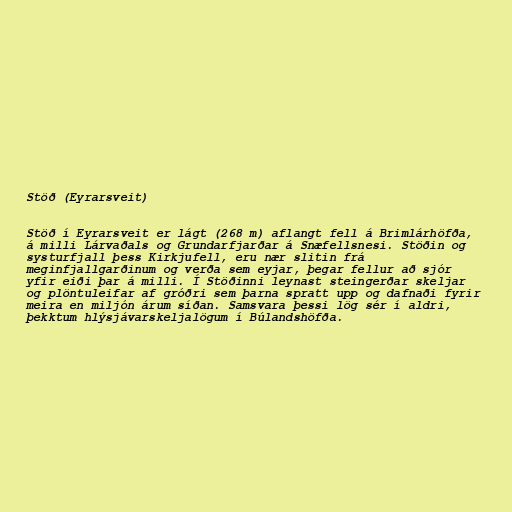
Stöð (Eyrarsveit)

Stöð í Eyrarsveit er lágt (268 m) aflangt fell á Brimlárhöfða,
á milli Lárvaðals og Grundarfjarðar á Snæfellsnesi. Stöðin og
systurfjall þess Kirkjufell, eru nær slitin frá
meginfjallgarðinum og verða sem eyjar, þegar fellur að sjór
yfir eiði þar á milli. Í Stöðinni leynast steingerðar skeljar
og plöntuleifar af gróðri sem þarna spratt upp og dafnaði fyrir
meira en miljón árum síðan. Samsvara þessi lög sér í aldri,
þekktum hlýsjávarskeljalögum í Búlandshöfða.